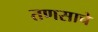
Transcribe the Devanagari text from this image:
तणसाचे